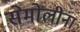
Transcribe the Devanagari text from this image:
सेमोलीना